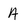
Character: A